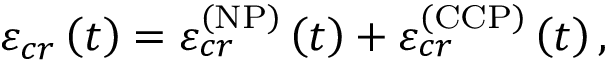
\varepsilon _ { c r } \left( t \right) = \varepsilon _ { c r } ^ { \left( \mathrm { N P } \right) } \left( t \right) + \varepsilon _ { c r } ^ { \left( \mathrm { C C P } \right) } \left( t \right) ,